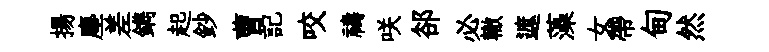
揚塵差鐫起鈔曹記咬禱咲郤必轍遮藻女帶甸然